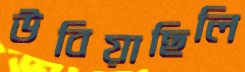
উবিয়াছিলি